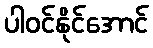
ပါဝင်နိုင်အောင်